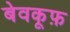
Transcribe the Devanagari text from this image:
बेवकू़फ़